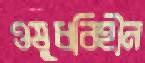
ওষুধবিহীন